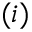
( i )